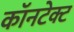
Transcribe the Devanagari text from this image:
कॉनटेक्ट